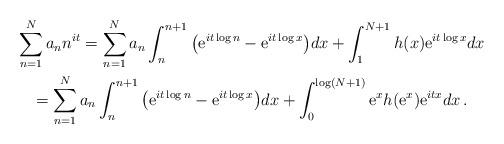
LaTeX: \begin{gather*}\sum_{n=1}^N a_n n^{it}= \sum_{n=1}^N a_n \int_n^{n+1}\big( {\rm e}^{it \log n}-{\rm e}^{it\log x}\big) dx + \int_1^{N+1}h(x) {\rm e}^{it\log x}dx\\=\sum_{n=1}^N a_n \int_n^{n+1}\big( {\rm e}^{it \log n}-{\rm e}^{it\log x}\big) dx + \int_0^{\log (N+1)} {\rm e}^xh({\rm e}^x) {\rm e}^{itx}dx\, .\end{gather*}